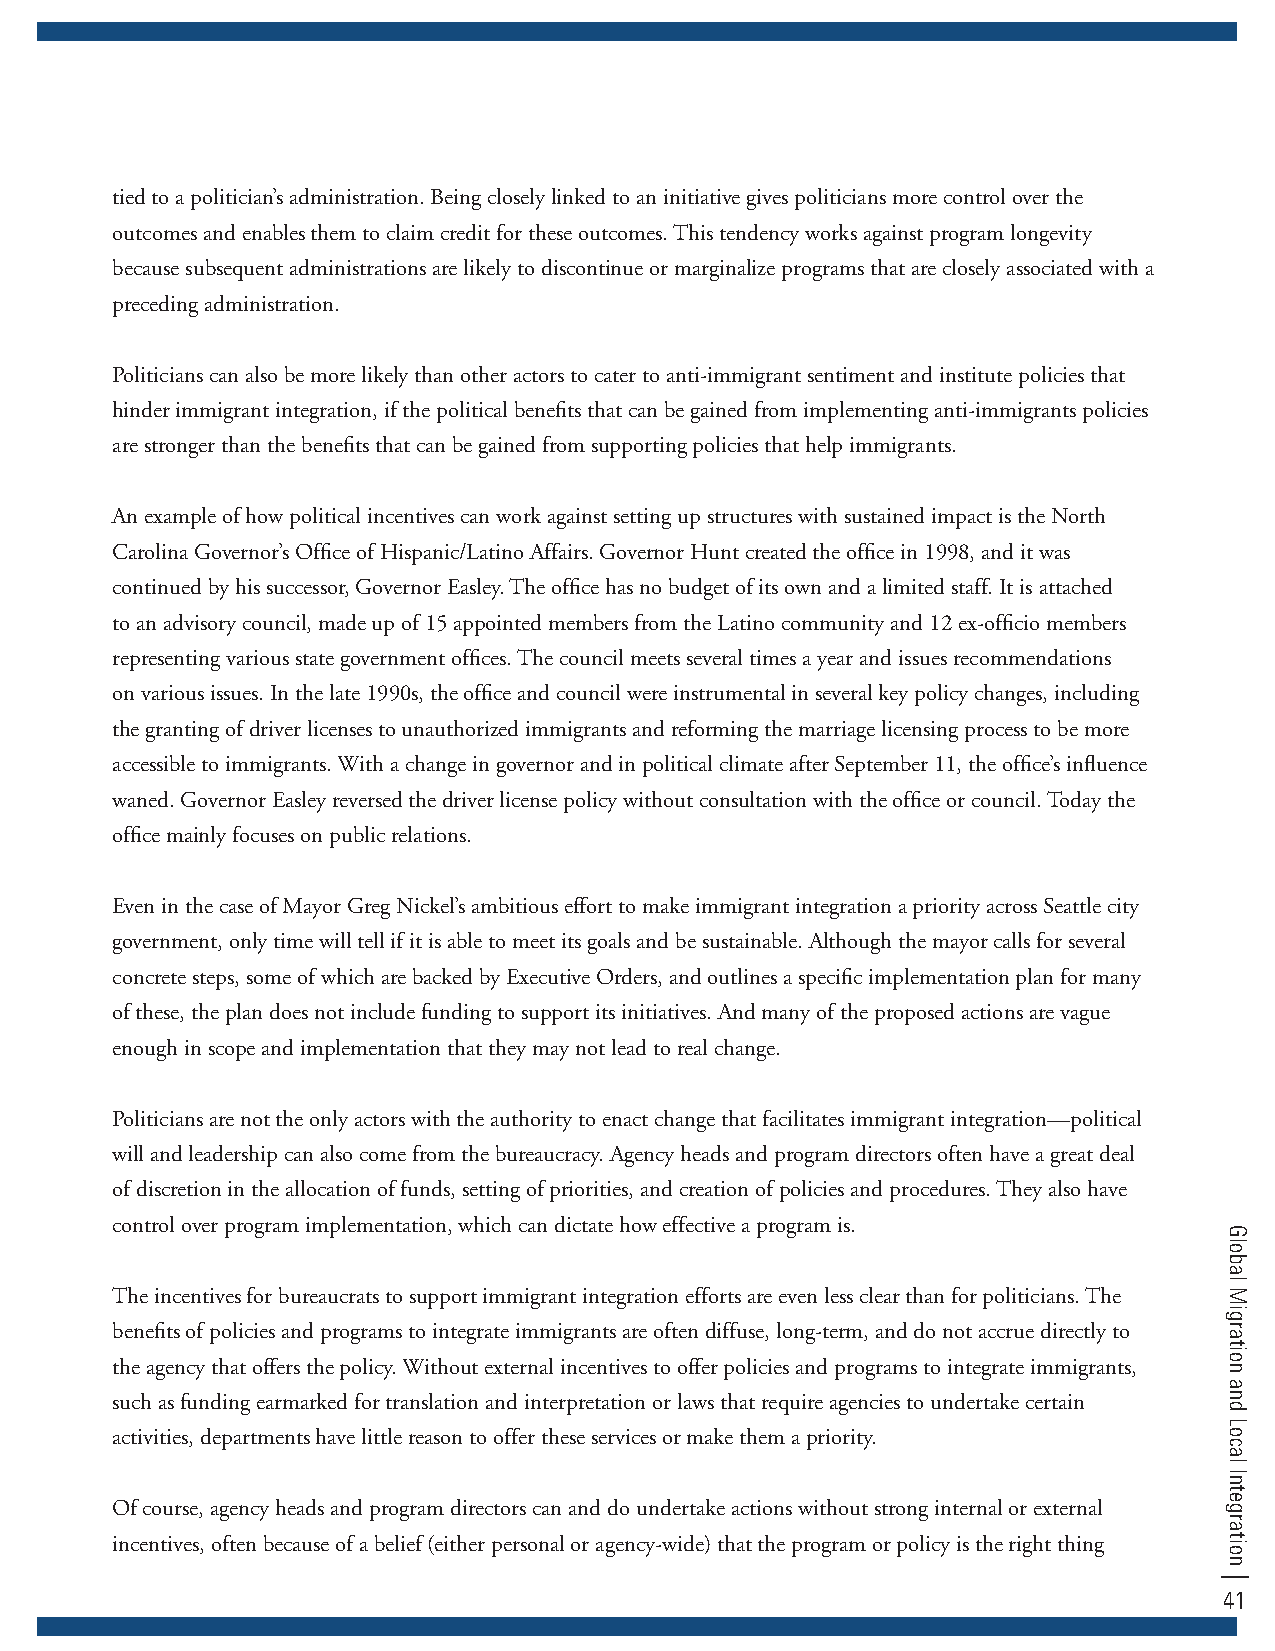
tied to a politician’s administration. Being closely linked to an initiative gives politicians more control over the
 outcomes and enables them to claim credit for these outcomes. This tendency works against program longevity
 because subsequent administrations are likely to discontinue or marginalize programs that are closely associated with a
 preceding administration.
 Politicians can also be more likely than other actors to cater to anti-immigrant sentiment and institute policies that
 hinder immigrant integration, if the political benefits that can be gained from implementing anti-immigrants policies
 are stronger than the benefits that can be gained from supporting policies that help immigrants.
 An example of how political incentives can work against setting up structures with sustained impact is the North
 Carolina Governor’s Office of Hispanic/Latino Affairs. Governor Hunt created the office in 1998, and it was
 continued by his successor, Governor Easley. The office has no budget of its own and a limited staff. It is attached
 to an advisory council, made up of 15 appointed members from the Latino community and 12 ex-officio members
 representing various state government offices. The council meets several times a year and issues recommendations
 on various issues. In the late 1990s, the office and council were instrumental in several key policy changes, including
 the granting of driver licenses to unauthorized immigrants and reforming the marriage licensing process to be more
 accessible to immigrants. With a change in governor and in political climate after September 11, the office’s influence
 waned. Governor Easley reversed the driver license policy without consultation with the office or council. Today the
 office mainly focuses on public relations.
 Even in the case of Mayor Greg Nickel’s ambitious effort to make immigrant integration a priority across Seattle city
 government, only time will tell if it is able to meet its goals and be sustainable. Although the mayor calls for several
 concrete steps, some of which are backed by Executive Orders, and outlines a specific implementation plan for many
 of these, the plan does not include funding to support its initiatives. And many of the proposed actions are vague
 enough in scope and implementation that they may not lead to real change.
 Politicians are not the only actors with the authority to enact change that facilitates immigrant integration—political
 will and leadership can also come from the bureaucracy. Agency heads and program directors often have a great deal
 of discretion in the allocation of funds, setting of priorities, and creation of policies and procedures. They also have
 control over program implementation, which can dictate how effective a program is.
 The incentives for bureaucrats to support immigrant integration efforts are even less clear than for politicians. The
 benefits of policies and programs to integrate immigrants are often diffuse, long-term, and do not accrue directly to
 the agency that offers the policy. Without external incentives to offer policies and programs to integrate immigrants,
 such as funding earmarked for translation and interpretation or laws that require agencies to undertake certain
 activities, departments have little reason to offer these services or make them a priority.
 Of course, agency heads and program directors can and do undertake actions without strong internal or external
 incentives, often because of a belief (either personal or agency-wide) that the program or policy is the right thing
 41
 Global
 Migration
 and
 Local
 Integration